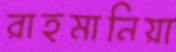
রাহমানিয়া